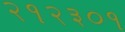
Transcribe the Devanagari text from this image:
२१२३०१